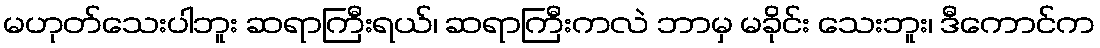
မဟုတ်သေးပါဘူး ဆရာကြီးရယ်၊ ဆရာကြီးကလဲ ဘာမှ မခိုင်း သေးဘူး၊ ဒီကောင်က